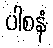
ပါစနံ